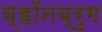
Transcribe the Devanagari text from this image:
व्हॉनब्रुग